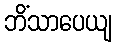
ဘိံသာပေယျ